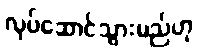
လုပ်ဆောင်သွားမည်ဟု